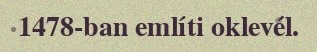
1478-ban említi oklevél.